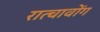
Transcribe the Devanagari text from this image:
रात्चावोंग